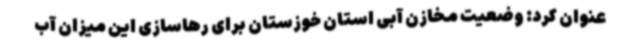
عنوان کرد: وضعیت مخازن آبی استان خوزستان برای رهاسازی این میزان آب